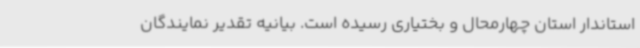
استاندار استان چهارمحال و بختیاری رسیده است. بیانیه تقدیر نمایندگان